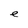
Character: e